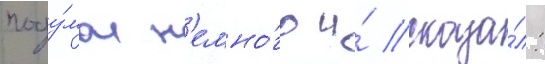
поду́мал н'емно́го и́ сказа́л: